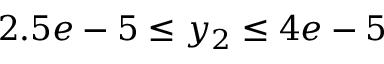
2 . 5 e - 5 \leq y _ { 2 } \leq 4 e - 5